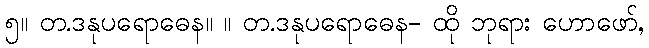
၅။ တ.ဒနုပရောဓေန။ ။ တ.ဒနုပရောဓေန- ထို ဘုရား ဟောဖော်,